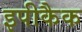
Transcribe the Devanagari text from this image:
इपीकैक